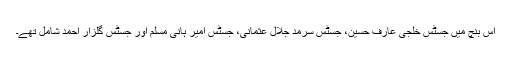
اس بنچ میں جسٹس خلجی عارف حسین، جسٹس سرمد جلال عثمانی، جسٹس امیر ہانی مسلم اور جسٹس گلزار احمد شامل تھے۔